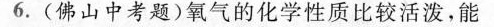
6.(佛山中考题)氧气的化学性质比较活泼，能